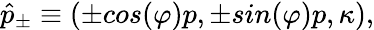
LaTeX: \hat{p}_{\pm}\equiv({\pm}cos(\varphi)p,{\pm}sin(\varphi)p,\kappa),